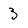
Character: 3